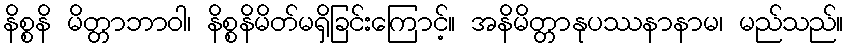
နိစ္စနိ မိတ္တာဘာဝါ၊ နိစ္စနိမိတ်မရှိခြင်းကြောင့်။ အနိမိတ္တာနုပဿနာနာမ၊ မည်သည်။